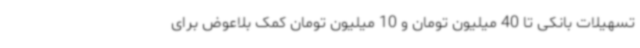
تسهیلات بانکی تا 40 میلیون تومان و 10 میلیون تومان کمک بلاعوض برای